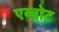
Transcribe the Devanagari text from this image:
एब्बोट